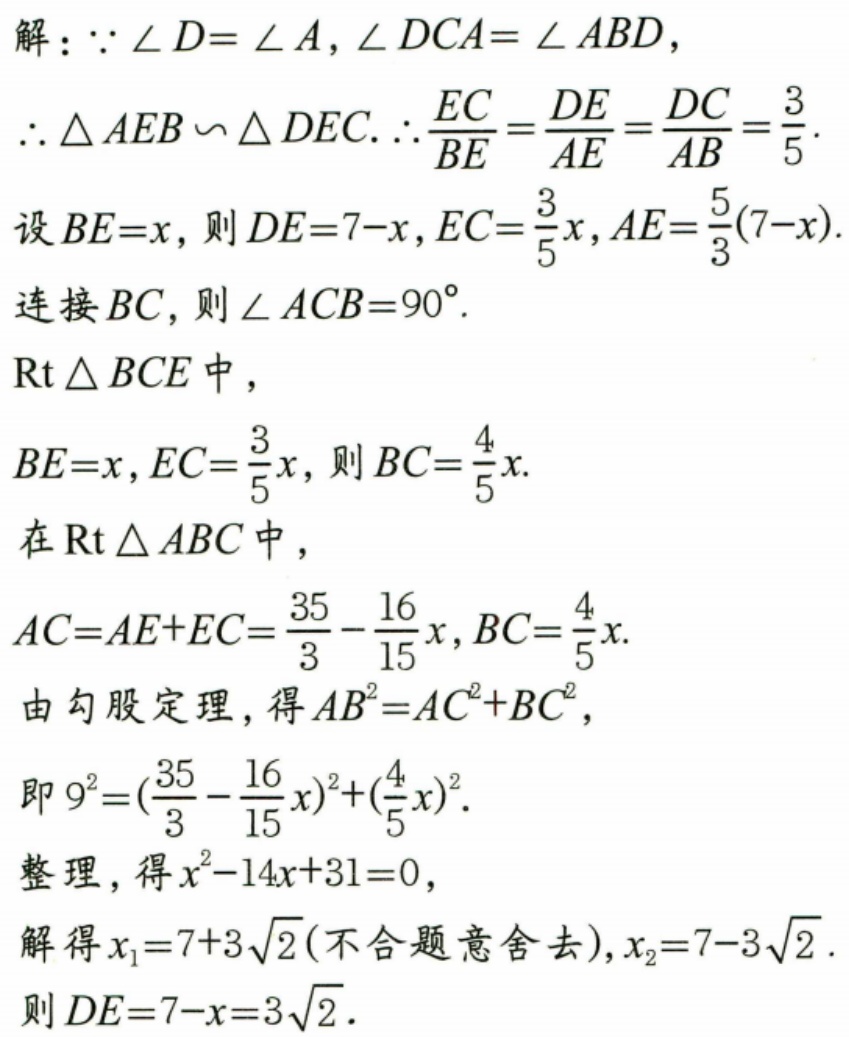
解：$\because \angle D = \angle A,\angle DCA=\angle ABD$，
$\therefore \triangle AEB\backsim\triangle DEC.\therefore\frac{EC}{BE}=\frac{DE}{AE}=\frac{DC}{AB}=\frac{3}{5}.$
设$BE = x$，则$DE = 7 - x$，$EC=\frac{3}{5}x$，$AE=\frac{5}{3}(7 - x)$.
连接$BC$，则$\angle ACB = 90^{\circ}$.
$\mathrm{Rt}\triangle BCE$中，
$BE = x$，$EC=\frac{3}{5}x$，则$BC=\frac{4}{5}x$.
在$\mathrm{Rt}\triangle ABC$中，
$AC=AE + EC=\frac{35}{3}-\frac{16}{15}x$，$BC=\frac{4}{5}x$.
由勾股定理，得$AB^{2}=AC^{2}+BC^{2}$，
即$9^{2}=(\frac{35}{3}-\frac{16}{15}x)^{2}+(\frac{4}{5}x)^{2}$.
整理，得$x^{2}-14x + 31 = 0$，
解得$x_{1}=7 + 3\sqrt{2}$(不合题意舍去)，$x_{2}=7 - 3\sqrt{2}$.
则$DE=7 - x=3\sqrt{2}$.